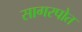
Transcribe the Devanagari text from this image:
सागरपोत